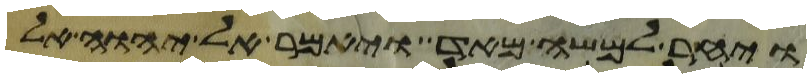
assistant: ויחר למשה מאד ויאמר אל יהוה אל